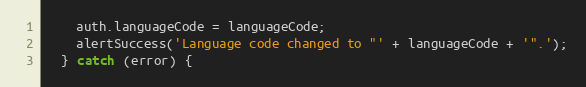
Language: JavaScript
    auth.languageCode = languageCode;
    alertSuccess('Language code changed to "' + languageCode + '".');
  } catch (error) {